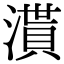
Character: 𣽒